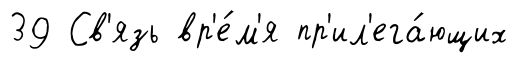
39 Св'язь вр'е́м'я пр'ил'ега́ющих